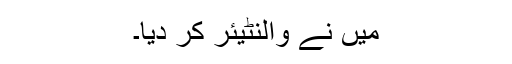
میں نے والنٹیئر کر دیا۔